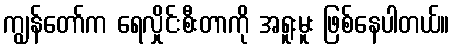
ကျွန်တော်က ရေလှိုင်းစီးတာကို အရူးမူး ဖြစ်နေပါတယ်။